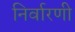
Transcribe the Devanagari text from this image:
निर्वारणी